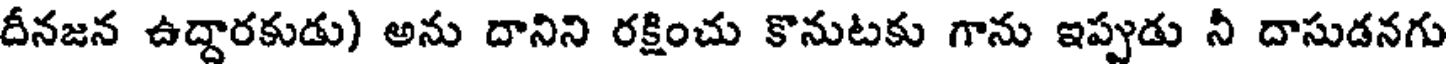
దీనజన ఉద్దారకుడు) అను దానిని రక్షించు కొనుటకు గాను ఇప్పుడు నీ దాసుడనగు